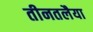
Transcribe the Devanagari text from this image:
तीनतलैया